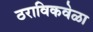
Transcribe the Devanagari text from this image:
ठराविकवेळा